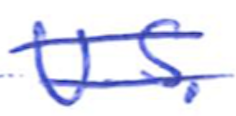
Text: U.S.
Cross-out: double-line
Writing tool: ballpoint